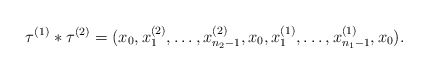
\begin{align*} \tau^{(1)} * \tau^{(2)} = (x_0,x_1^{(2)},\dots,x_{n_2-1}^{(2)},x_0,x_1^{(1)},\dots,x_{n_1-1}^{(1)},x_0). \end{align*}